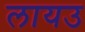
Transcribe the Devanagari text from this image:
लायउ